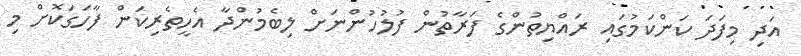
އަދި މިފަދަ ކަންކަމުގައި ރައްޔިތުންގެ ފަރާތުން ފުލުހުންނަށް ލިބެމުންދާ އެހީތެރިކަން ފާހަގަކޮށް މި